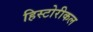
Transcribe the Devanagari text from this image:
हिस्टोरीकल